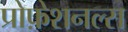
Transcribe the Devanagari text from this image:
प्रोफ़ेशनल्स